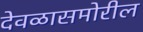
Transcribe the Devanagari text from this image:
देवळासमोरील